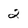
Character: 2